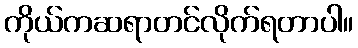
ကိုယ်ကဆရာတင်လိုက်ရတာပါ။